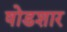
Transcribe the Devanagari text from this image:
षोडशार